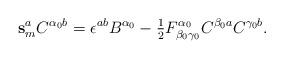
LaTeX: \begin{align*}\mathbf{s}_m^a C^{\alpha_0 b} = \epsilon^{ab} B^{\alpha_0} -\hbox{$\frac{1}{2}$}F^{\alpha_0}_{\beta_0 \gamma_0} C^{\beta_0 a} C^{\gamma_0 b}.\end{align*}